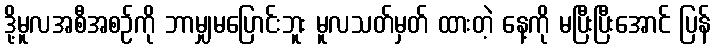
ဒို့မူလအစီအစဉ်ကို ဘာမျှမပြောင်းဘူး မူလသတ်မှတ် ထားတဲ့ နေ့ကို မပြီးပြီးအောင် ပြန်